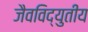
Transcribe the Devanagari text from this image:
जैवविद्युतीय